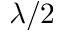
\lambda / 2